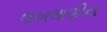
લખલાણીના